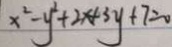
x ^ { 2 } - y ^ { 2 } + 2 x + 3 y + 7 = 0